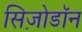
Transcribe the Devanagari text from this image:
सिज़ोडॉन